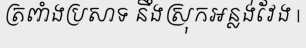
ត្រពាំងប្រសាទ នឹងស្រុកអន្លង់វែង |